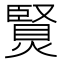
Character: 𤏿